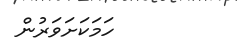
ހަމަކަށަވަރުން